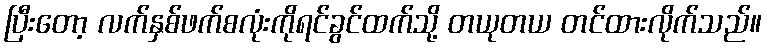
ပြီးတော့ လက်နှစ်ဖက်စလုံးကိုရင်ခွင်ထက်သို့ တယုတယ တင်ထားလိုက်သည်။